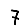
Digit: 7